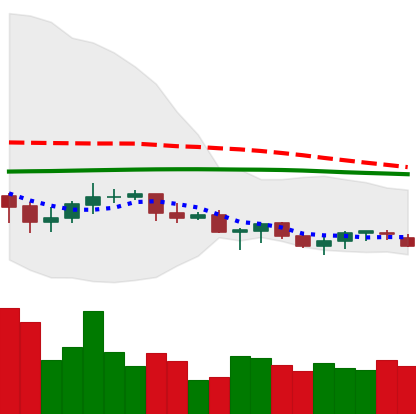
Ticker: XLM-USD
Chart end date: 2021-06-16
Forward return: -25.429%
Label: down_7plus